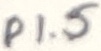
Text: P1.5